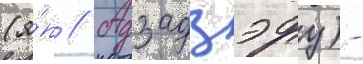
(я́п // Адзадзэру) -